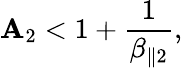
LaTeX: \mathbf{A}_{2}<1+\frac{{1}}{{\beta_{\parallel2}}},